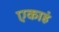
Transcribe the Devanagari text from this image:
एकाहं